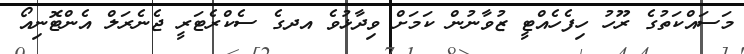
މަސައްކަތުގެ ރޫހު ހިފެހެއްޓީ ޒުވާނުން ކަމަށް ވިދާޅުވެ އދގެ ސެކްރެޓަރީ ޖެނެރަލް އެންޓޮނިއޯ